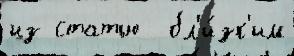
из статью  бл'и́зк'им